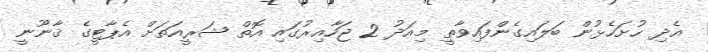
އެދި ހުށަހެޅުން ބަލައިގެންފައިވާތީ މިއަދު 2 ޖަހާއިރުގައި އޮތް ޝަރީއަތަށް އެޕާޓީގެ ޤާނޫނީ